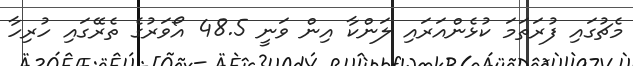
މެޗުގައި ފުރަތަމަ ކުޅެންއަރައި ލަންކާ އިން ވަނީ 48.5 އޯވަރުގެ ތެރޭގައި ހުރިހާ